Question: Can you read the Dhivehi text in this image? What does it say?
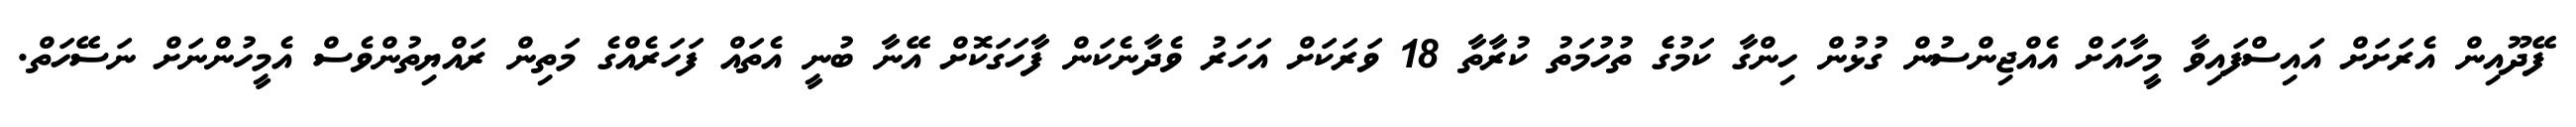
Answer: ފޭދޫއިން އެރަށަށް އައިސްފައިވާ މީހާއަށް އެއްޖިންސުން ގުޅުން ހިންގާ ކަމުގެެ ތުހުމަތު ކުރާތާ 18 ވަރަކަށް އަހަރު ވެދާނެކަން ފާހަގަކޮށް އޭނާ ބުނީ އެތައް ފަހަރެއްގެ މަތިން ރައްޔިތުންވެސް އެމީހުންނަށް ނަސޭހަތް.